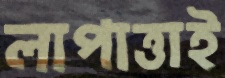
লাপাত্তাই